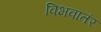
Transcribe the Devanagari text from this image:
विभवातंर